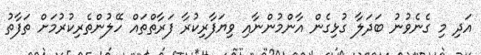
އަދި މި ގެނެވުނު ބަދަލާ ގުޅިގެން އާންމުންނާއި ވިޔަފާރިކުރާ ފަރާތްތައް ހޭލުންތެރިކުރުމަށް ތަފާތު